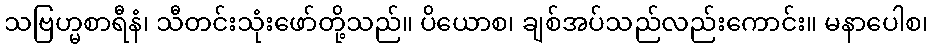
သဗြဟ္မစာရီနံ၊ သီတင်းသုံးဖော်တို့သည်။ ပိယောစ၊ ချစ်အပ်သည်လည်းကောင်း။ မနာပေါစ၊